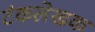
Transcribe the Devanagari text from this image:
टंकलेखक